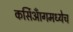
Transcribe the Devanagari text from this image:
कर्सिआँगमध्येच